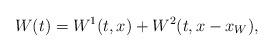
LaTeX: \begin{align*} W(t)=W^{1}(t,x) + W^2 (t,x-x_W), \end{align*}